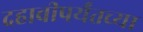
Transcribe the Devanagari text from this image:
दहावीपर्यंतच्या